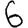
Digit: 6